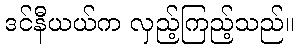
ဒင်နီယယ်က လှည့်ကြည့်သည်။